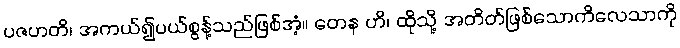
ပဇဟတိ၊ အကယ်၍ပယ်စွန့်သည်ဖြစ်အံ့။ တေန ဟိ၊ ထိုသို့ အတိတ်ဖြစ်သောကိလေသာကို